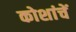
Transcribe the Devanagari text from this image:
कोशांचें